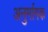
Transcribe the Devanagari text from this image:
अनुर्मागक